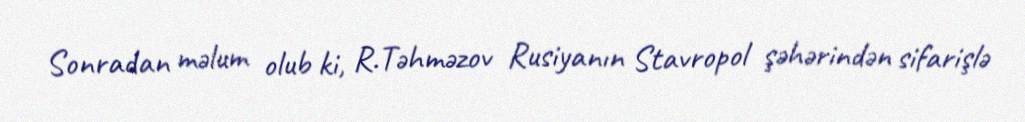
Sonradan məlum olub ki, R.Təhməzov Rusiyanın Stavropol şəhərindən sifarişlə